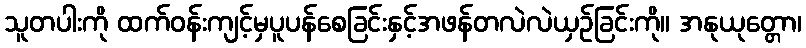
သူတပါးကို ထက်ဝန်းကျင့်မှပူပန်စေခြင်းနှင့်အဖန်တလဲလဲယှဉ်ခြင်းကို။ အနုယုတ္တော၊